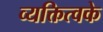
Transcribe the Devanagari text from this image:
व्यक्तित्वके